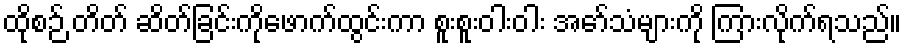
ထိုစဉ် တိတ် ဆိတ်ခြင်းကိုဖောက်ထွင်းကာ စူးစူးဝါးဝါး အော်သံများကို ကြားလိုက်ရသည်။